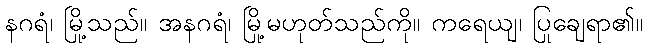
နဂရံ၊ မြို့သည်။ အနဂရံ၊ မြို့မဟုတ်သည်ကို။ ကရေယျ၊ ပြုချေရာ၏။